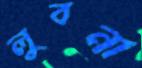
লুবনা